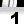
Digit: 1